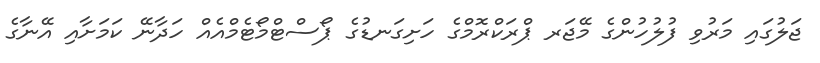
ޖަލުގައި މަރުވި ފުލުހުންގެ މޭޖަރ ޕްރަކްރޮމްގެ ހަށިގަނޑުގެ ޕޯސްޓްމޯޓެމްއެއް ހަދާނޭ ކަމަށާއި އޭނާގެ